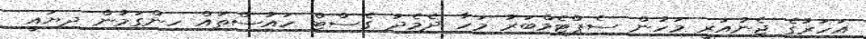
އަހަރުގެ ޖެނުއަރީ މަހުން ސެޕްޓެމްބަރު މަހާ ދެމެދު ގެސްޓް ހައުސްތައް ހިންގަމުން ދިޔައީ